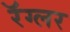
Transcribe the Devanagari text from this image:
रॅग्लर